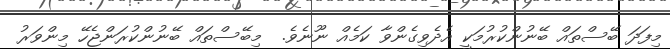
މިފަދަ ބޭސްތައް ބޭނުންކުރުމަކީ އެދެވިގެންވާ ކަމެއް ނޫނެވެ.  މިބޭސްތައް ބޭނުންކުރަންޖެހޭ މިންވަރު